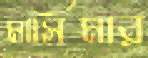
মাসিমার